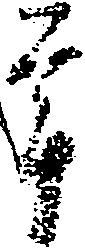
年